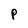
Character: p